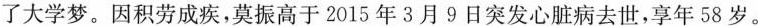
了大学梦。因积劳成疾，莫振高于2015年3月9日突发心脏病去世，享年58岁。